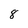
Character: 8